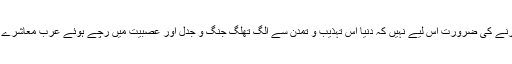
اس نقشے کو بیان کرنے کی ضرورت اس لیے نہیں کہ دنیا اس تہذیب و تمدن سے الگ تھلگ جنگ و جدل اور عصبیت میں رچے ہوئے عرب معاشرے کو خوب جانتی ہے۔